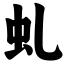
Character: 虬